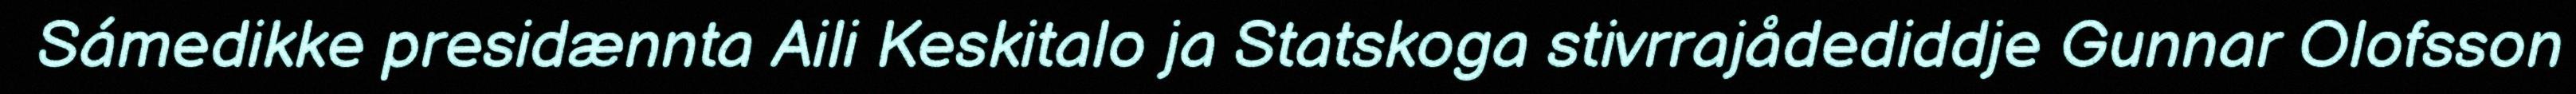
Sámedikke presidænnta Aili Keskitalo ja Statskoga stivrrajådediddje Gunnar Olofsson